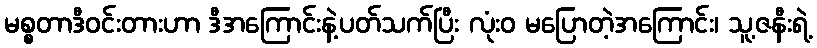
မစ္စတာဒီဝင်းတားဟာ ဒီအကြောင်းနဲ့ပတ်သက်ပြီး လုံးဝ မပြောတဲ့အကြောင်း၊ သူ့ဇနီးရဲ့